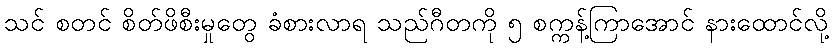
သင် စတင် စိတ်ဖိစီးမှုတွေ ခံစားလာရ သည်ဂီတကို ၅ စက္ကန့်ကြာအောင် နားထောင်လို့